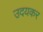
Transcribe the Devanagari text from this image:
उदयकर